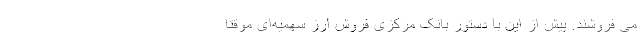
می فروشند. پیش از این با دستور بانک مرکزی فروش ارز سهمیه‌ای موقتاً